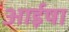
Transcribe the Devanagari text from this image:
आईषा